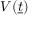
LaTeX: V ( { \underline { { t } } } )